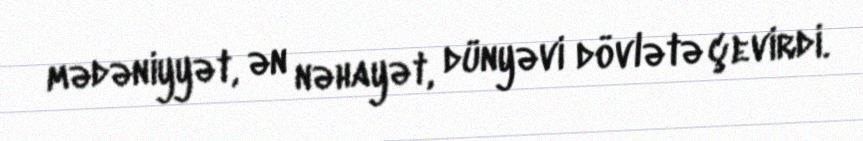
mədəniyyət, ən nəhayət, dünyəvi dövlətə çevirdi.